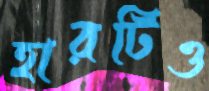
হারটিও